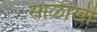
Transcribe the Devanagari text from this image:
साळोखी